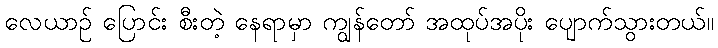
လေယာဉ် ပြောင်း စီးတဲ့ နေရာမှာ ကျွန်တော် အထုပ်အပိုး ပျောက်သွားတယ်။